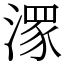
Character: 潈